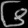
Digit: ၆